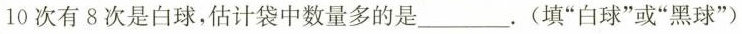
10 次有 8 次是白球，估计袋中数量多的是___. (填“白球”或“黑球”)